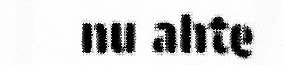
nu ahte